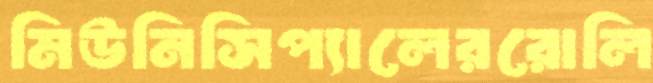
মিউনিসিপ্যালেররোলি